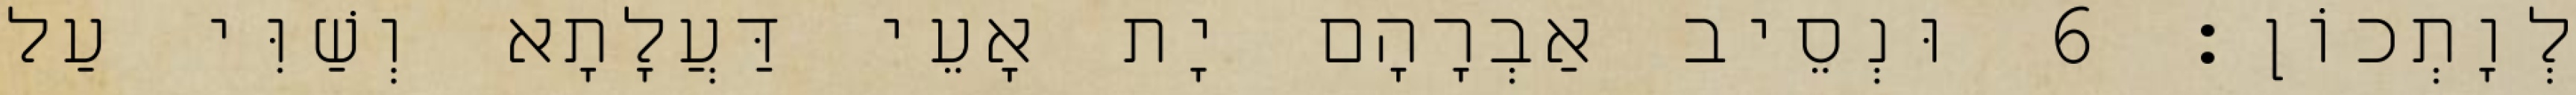
לְוָתְכוֹן׃ 6 וּנְסֵיב אַבְרָהָם יָת אָעֵי דַּעֲלָתָא וְשַׁוִּי עַל